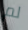
لم